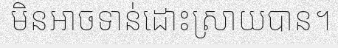
មិនអាចទាន់ដោះស្រាយបាន។